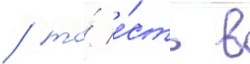
/ то́ е́сть в